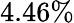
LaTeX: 4.46\%